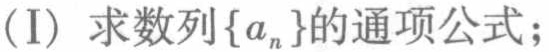
(I) 求数列\(\{a_{n}\}\)的通项公式；